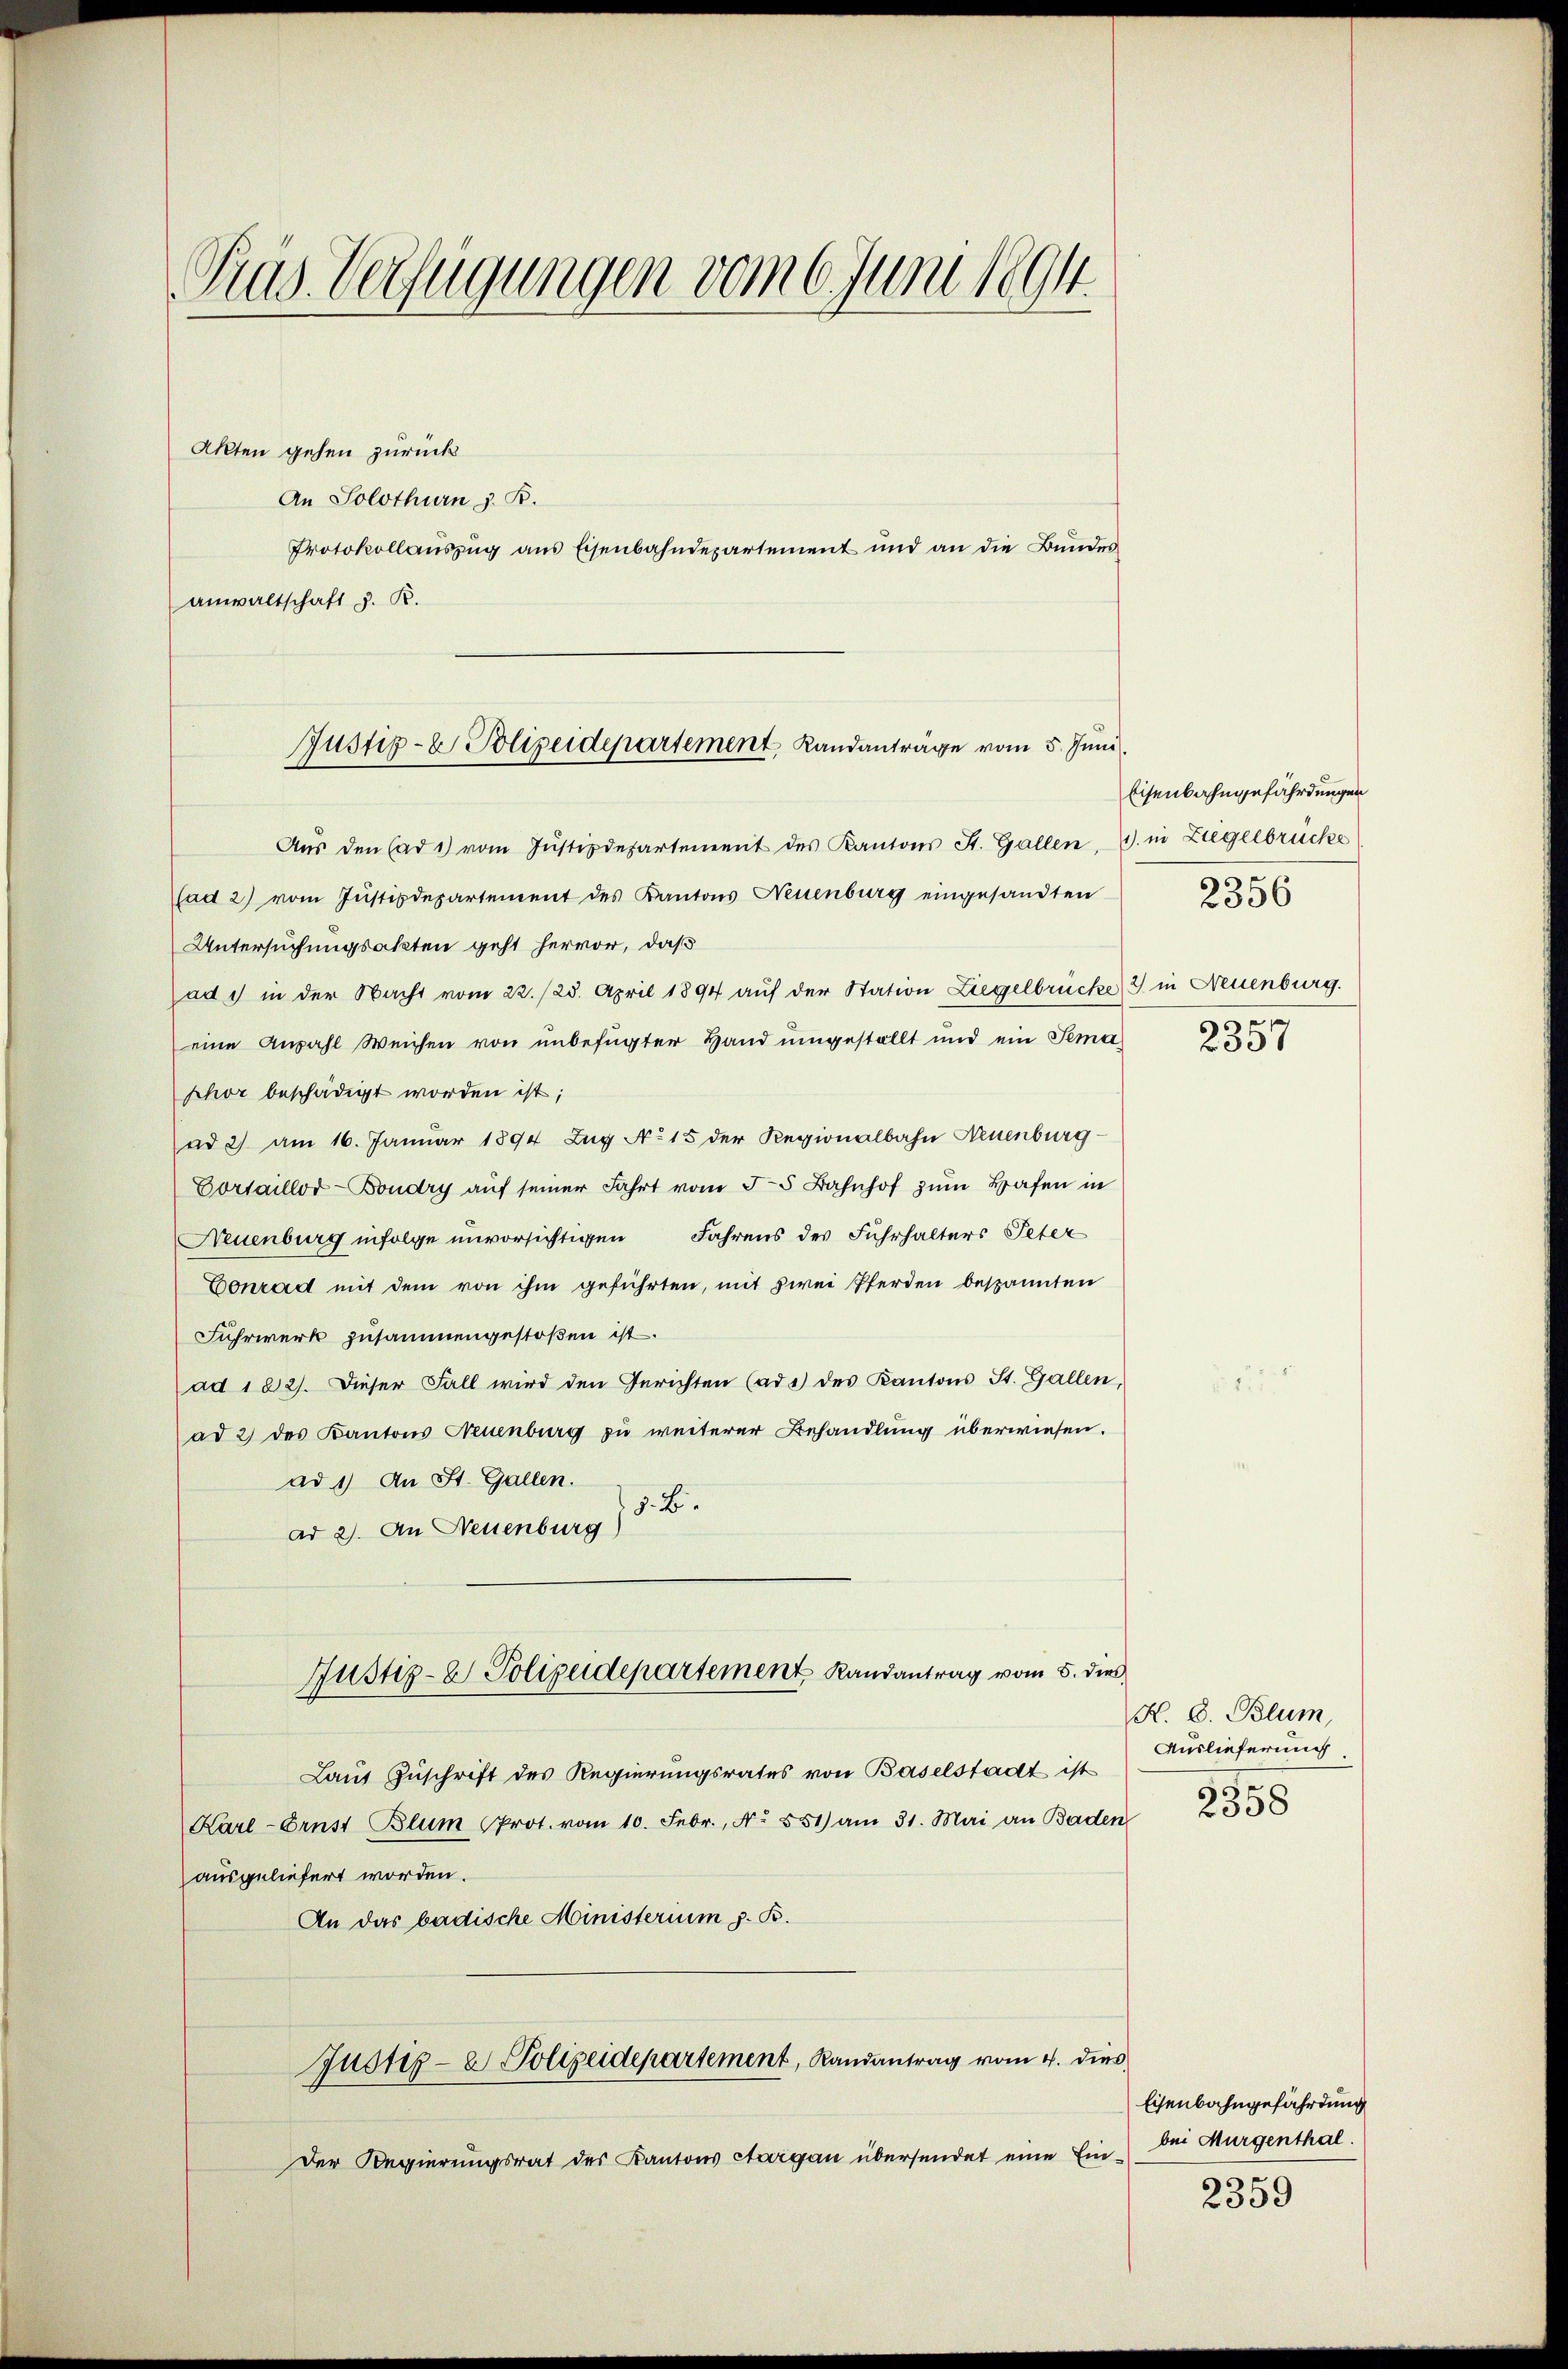
Tras Verfügungen vom 6. Juni 1894.

Akten gehen zurück
An Solothurn z. B.
Protokollaŭszŭg ans Eisenbahndepartement und an die Bŭndes
anwaltschaft d. R.
Aŭs den Cad1) vom Jŭstizdepartement des Kantons St. Gallen, 7. in Zügelbrücke
fad 2) vom Justizdepartement des Kantons Neuenburg eingesandten
Untersuchungsakten geht hervor, daß
adi in der Nacht vom 22./23. April 1894 aŭf der Station Liegelbrücke) 2) in Neuenburg.
eine Anzahl Weichen von unbefugter Hand umgestellt und ein Tema
phor beschädigt worden ist;
ad 2) am 16. Januar 1894 Zug No 15 der Regionalbahn Neuenburg
Cortaillod-Boudry auf seiner Fahrt vom 5. 5 Bahnhof zum Hafen in
Neuenburg infolge unvorsichtigen Fahrens des Fuhrhalters Peter
Conrad mit dem von ihm geführten, mit zwei Pferden bespannten
Fuhrwerk zusammengestoßen ist.
ad 122). Dieser Fall wird den Gerichten (ad des Kantons St. Gallen,
ad 2) des Kantons Neuenburg zu weiterer Behandlung überwiesen.
ad 1) An St. Gallen.
7. B.
ad 2. An Neuenburg)
Justiz- & Polizeidepartement Randantrag vom 5. dies
Laut Zuschrift des Regierungsrates von Baselstadt ist
Karl-Ernst Blum Prot. vom 10. Febr., No. 551) am 31. Mai an Baden
ausgeliefert worden.
An das badische Ministerium z. B.
Justiz- & Polizeidepartement, Randantrag vom 4. dies
Der Regierungsrat des Kantons Aargau übersendet eine Ein¬

Justiz- & Polizeidepartement, Landanträge vom 5. Juni.

Eisenbahngefährdungen
2356
s

2357

H. E. Blum,
Auslieferung
2358

Eisenbahngefährdung
bei Mürgenthal.

2359